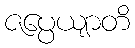
ဇပ္ပေယျာတိ